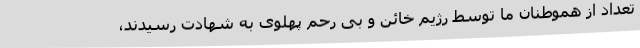
تعداد از هموطنان ما توسط رژیم خائن و بی رحم پهلوی به شهادت رسیدند،